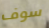
سوف